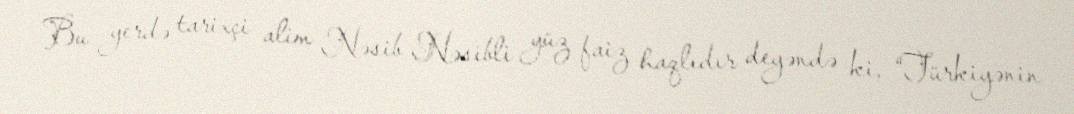
Bu yerdə tarixçi alim Nəsib Nəsibli yüz faiz haqlıdır deyəndə ki, “Türkiyənin